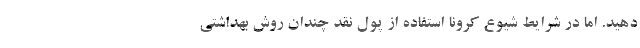
دهید. اما در شرایط شیوع کرونا استفاده از پول نقد چندان روش بهداشتی